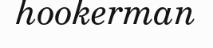
hookerman